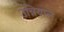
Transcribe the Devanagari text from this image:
उन्नियाल